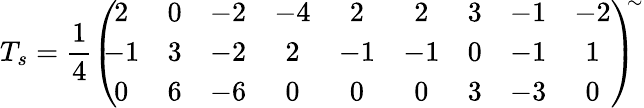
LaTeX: T_{s}=\frac{1}{4}\left(\! \! \! \begin{array}{ccccccccc}{{2}}&{{0}}&{{-2}}&{{-4}}&{{2}}&{{2}}&{{3}}&{{-1}}&{{-2}}\\ {{-1}}&{{3}}&{{-2}}&{{2}}&{{-1}}&{{-1}}&{{0}}&{{-1}}&{{1}}\\ {{0}}&{{6}}&{{-6}}&{{0}}&{{0}}&{{0}}&{{3}}&{{-3}}&{{0}}\end{array}\right)^{\! \! \sim}